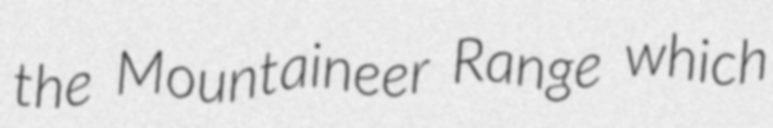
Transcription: the Mountaineer Range which